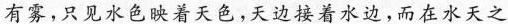
有雾，只见水色映着天色，天边接着水边。而在水天之